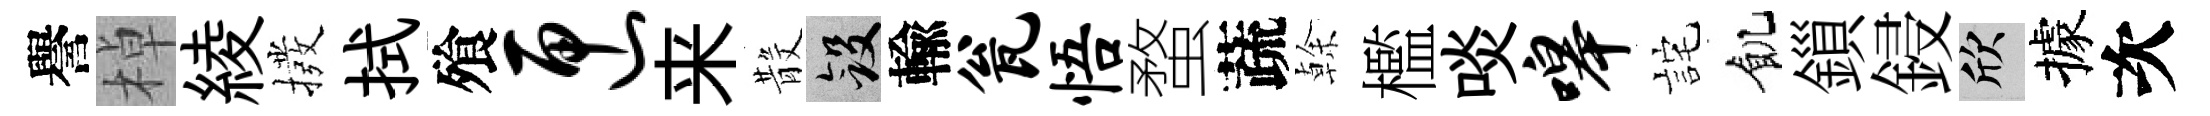
譽棹綾撥拭飱匣来𣪚斂輸瓮悟蝥蔬𠏉檻啖嗥詫飢鎻鋟欣據次